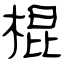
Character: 棍